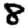
Digit: 8